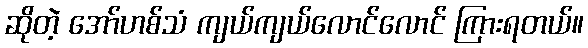
ဆိုတဲ့ အော်ဟစ်သံ ကျယ်ကျယ်လောင်လောင် ကြားရတယ်။